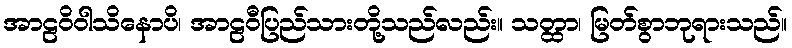
အာဠဝိဝါသိနောပိ၊ အာဠဝီပြည်သားတို့သည်လည်း။ သတ္ထာ၊ မြတ်စွာဘုရားသည်။